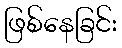
ဖြစ်နေခြင်း